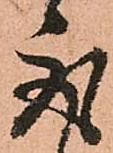
取